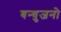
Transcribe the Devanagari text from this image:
बन्धुजनो